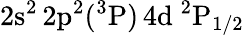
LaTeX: \mathrm{2s^{2}\, 2p^{2}(^{3}P)\, 4d~^{2}P_{1/2}}